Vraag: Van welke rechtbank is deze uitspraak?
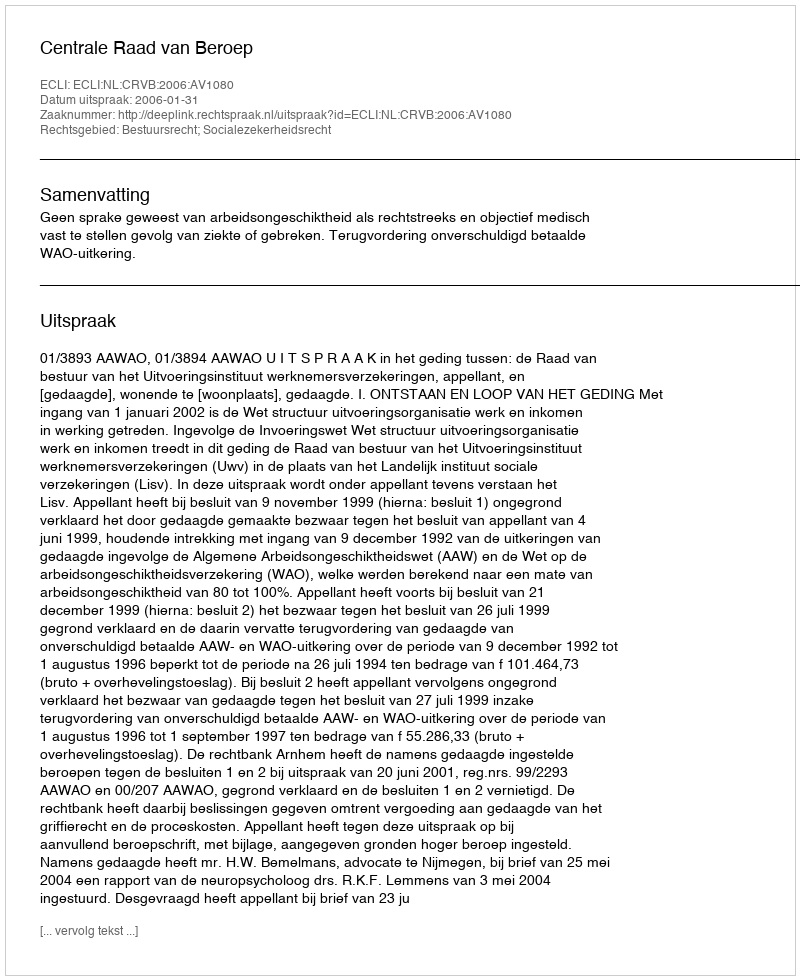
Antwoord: Centrale Raad van Beroep